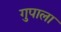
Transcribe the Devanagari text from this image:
गुपाला